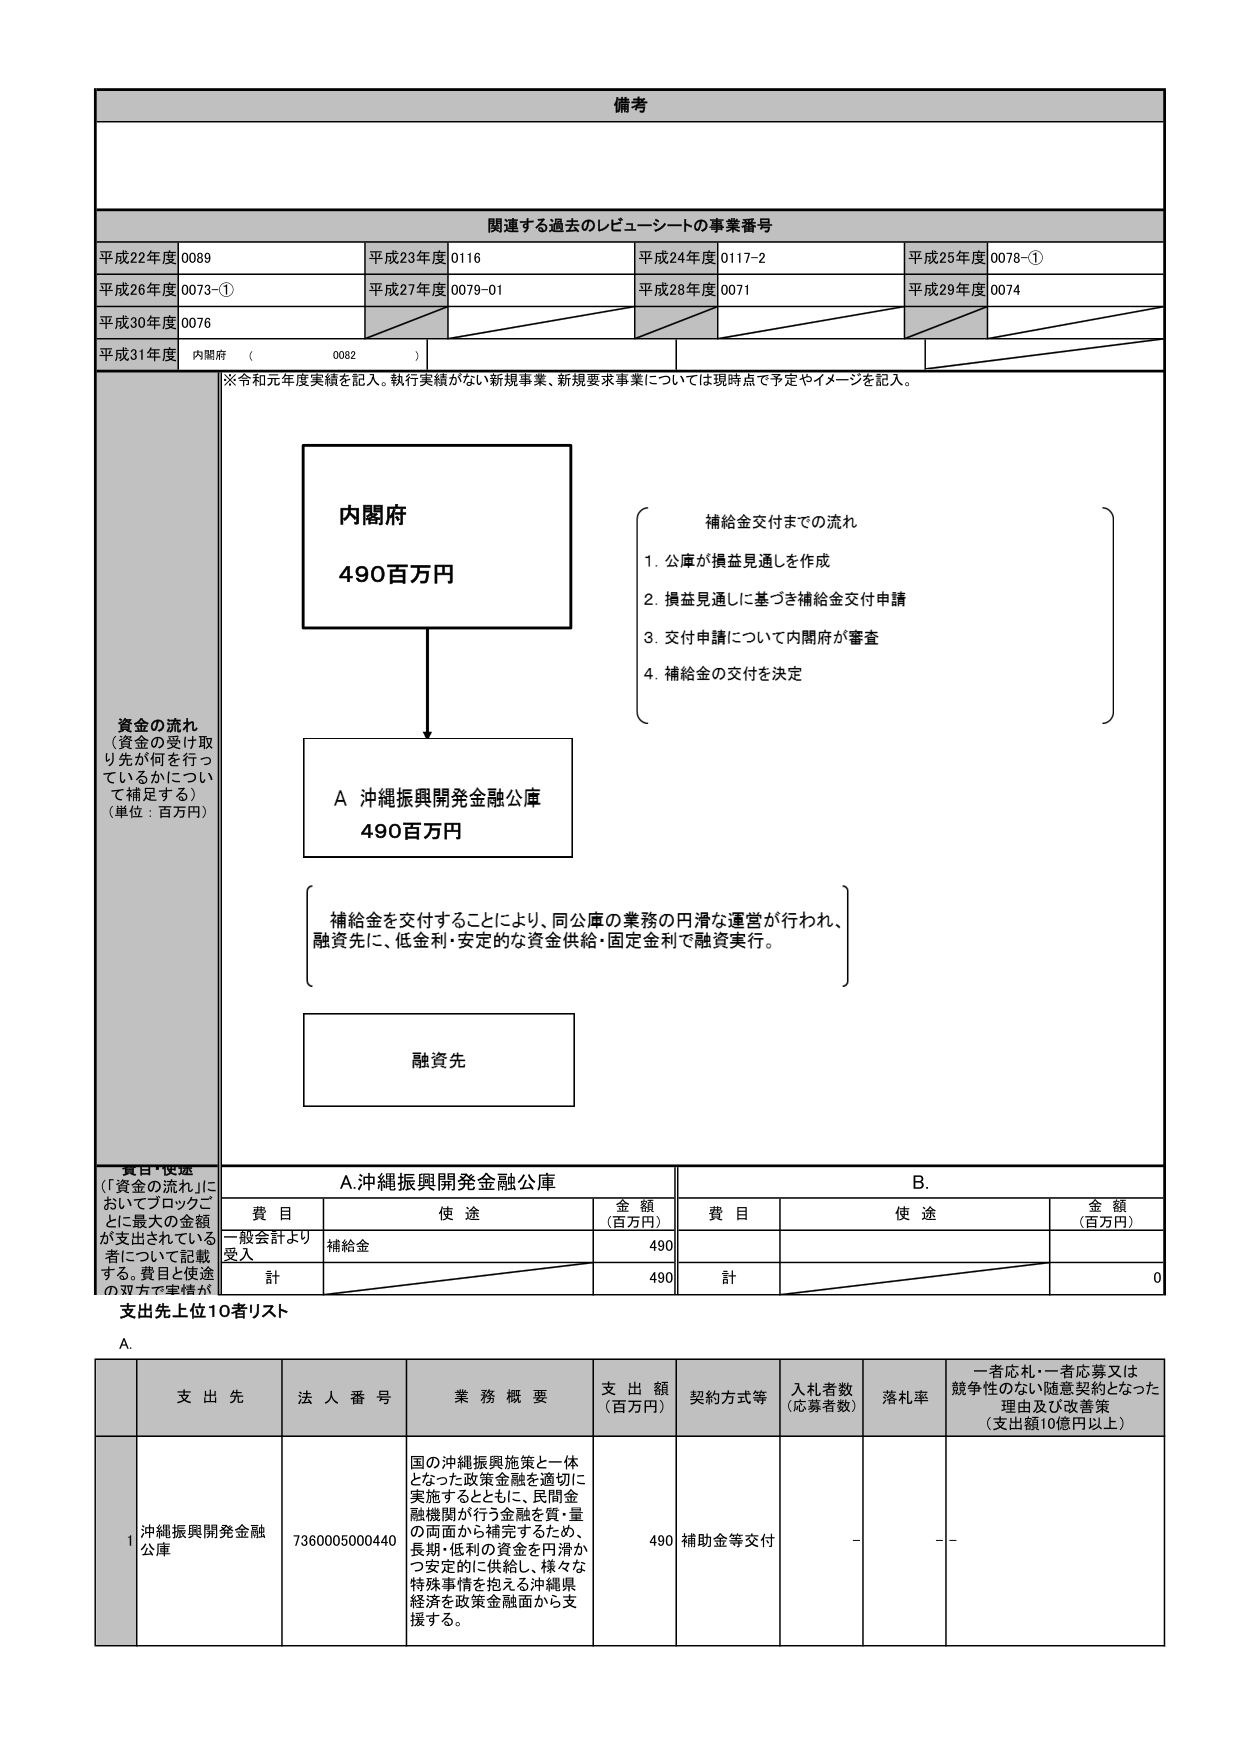
備考

関連する過去のレビューシートの事業番号
平成22年度 0089 平成23年度 0116 平成24年度 0117-2 平成25年度 0078-①
平成26年度 0073-① 平成27年度 0079-01 平成28年度 0071 平成29年度 0074
平成30年度 0076
平成31年度 内閣府 （ 0082 ）

※令和元年度実績を記入。執行実績がない新規事業、新規要求事業については現時点で予定やイメージを記入。

資金の流れ
（資金の受け取り先が何を行っているかについて補足する）
（単位：百万円）

内閣府
490百万円

補給金交付までの流れ
1. 公庫が損益見通しを作成
2. 損益見通しに基づき補給金交付申請
3. 交付申請について内閣府が審査
4. 補給金の交付を決定

A 沖縄振興開発金融公庫
490百万円

補給金を交付することにより、同公庫の業務の円滑な運営が行われ、
融資先に、低金利・安定的な資金供給・固定金利で融資実行。

融資先

費目・使途
（「資金の流れ」においてブロックごとに最大の金額が支出されている者について記載する。費目と使途の双方で実情が）

A.沖縄振興開発金融公庫
費目 使途 金額（百万円）
一般会計より受入 補給金 490
計 490

B.
費目 使途 金額（百万円）
計 0

支出先上位10者リスト

A.
支出先 法人番号 業務概要 支出額（百万円） 契約方式等 入札者数（応募者数） 落札率 一者応札・一者応募又は競争性のない随意契約となった理由及び改善策（支出額10億円以上）

1 沖縄振興開発金融公庫 7360005000440 国の沖縄振興施策と一体となった政策金融を適切に実施するとともに、民間金融機関が行う金融を質・量の両面から補完するため、長期・低利の資金を円滑かつ安定的に供給し、様々な特殊事情を抱える沖縄県経済を政策金融面から支援する。 490 補助金等交付 - - -